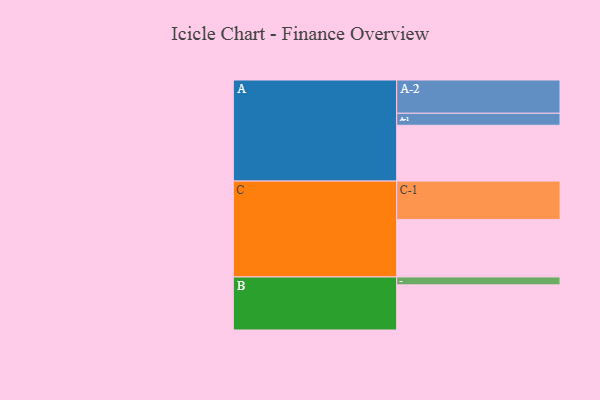
{"axis": {"x": "Segment", "y": "Value"}, "legend": ["", "A", "B", "C"], "data": [{"x": "A", "y": 418, "type": ""}, {"x": "B", "y": 338, "type": ""}, {"x": "C", "y": 431, "type": ""}, {"x": "A-1", "y": 90, "type": "A"}, {"x": "A-2", "y": 249, "type": "A"}, {"x": "B-1", "y": 59, "type": "B"}, {"x": "C-1", "y": 287, "type": "C"}]}